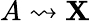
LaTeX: A\rightsquigarrow\mathbf{X}